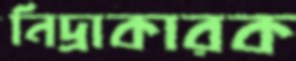
নিদ্রাকারক